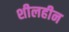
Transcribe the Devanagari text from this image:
शीलहीन